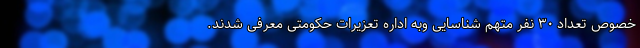
خصوص تعداد ۳۰ نفر متهم شناسایی وبه اداره تعزیرات حکومتی معرفی شدند.